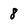
Character: 8